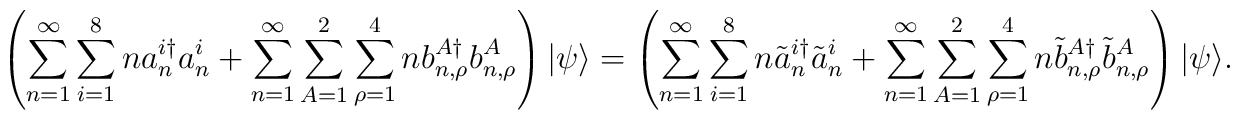
\left( \sum_{n=1}^{\infty}\sum_{i=1}^{8}n a_{n}^{i\dagger}a_{n}^{i}+\sum_{n=1}^{\infty}\sum_{A=1}^{2}\sum_{\rho=1}^{4}n b_{n,\rho}^{A\dagger}b_{n,\rho}^{A}\right)|\psi\rangle=\left(\sum_{n=1}^{\infty}\sum_{i=1}^{8}n \tilde{a}_{n}^{i\dagger}\tilde{a}_{n}^{i}+\sum_{n=1}^{\infty}\sum_{A=1}^{2}\sum_{\rho=1}^{4}n \tilde{b}_{n,\rho}^{A\dagger}\tilde{b}_{n,\rho}^{A}\right)|\psi\rangle.